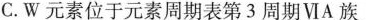
C.W元素位于元素周期表第3周期ⅥA族